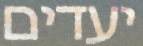
יעדים